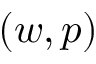
( w , p )